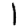
Digit: 1